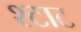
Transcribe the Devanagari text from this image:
श्टाट